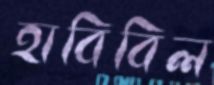
হাবিবিল